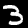
Label: 3